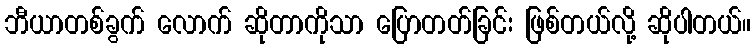
ဘီယာတစ်ခွက် လောက် ဆိုတာကိုသာ ပြောတတ်ခြင်း ဖြစ်တယ်လို့ ဆိုပါတယ်။